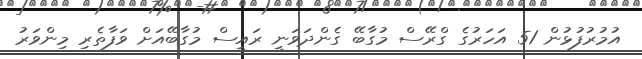
އުމުރުފުޅުން 51 އަހަރުގެ ގްރޭސް މުގާބޭ ގެންދަވަނީ ރައީސް މުގާބޭއަށް ވަފާތެރި މިންވަރު